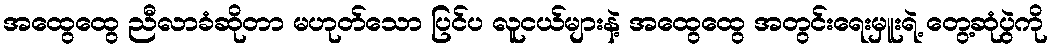
အထွေထွေ ညီလာခံဆိုတာ မဟုတ်သော ပြင်ပ လူငယ်များနဲ့ အထွေထွေ အတွင်းရေးမှူးရဲ့ တွေ့ဆုံပွဲကို